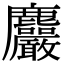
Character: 𪋹